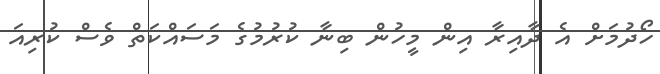
ހޯދުމަށް އެ ދާއިރާ އިން މީހުން ބިނާ ކުރުމުގެ މަސައްކަތް ވެސް ކުރިއަ